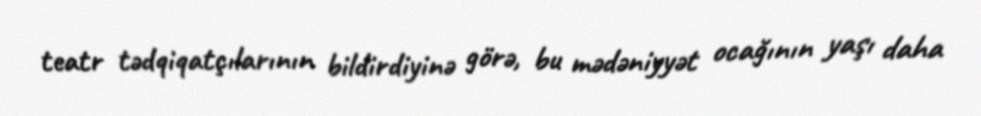
teatr tədqiqatçılarının bildirdiyinə görə, bu mədəniyyət ocağının yaşı daha